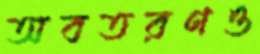
অবতরণও